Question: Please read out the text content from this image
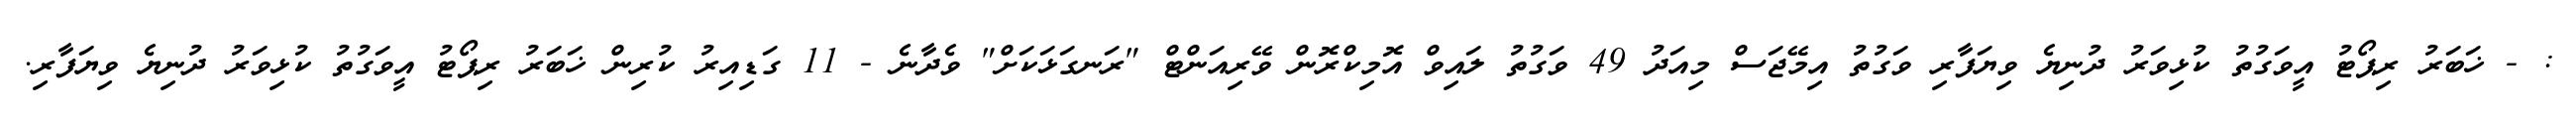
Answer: : - ޚަބަރު ރިޕޯޓު އީވަގުތު ކުޅިވަރު ދުނިޔެ ވިޔަފާރި ވަގުތު އިމޭޖަސް މިއަދު 49 ވަގުތު ލައިވް އޮމިކްރޮން ވޭރިއަންޓް "ރަނގަޅަކަށް" ވެދާނެ - 11 ގަޑިއިރު ކުރިން ޚަބަރު ރިޕޯޓު އީވަގުތު ކުޅިވަރު ދުނިޔެ ވިޔަފާރި.